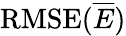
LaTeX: \mathrm{RMSE}(\overline{{E}})